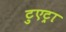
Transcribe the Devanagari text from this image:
टुएट्रा